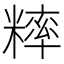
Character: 𥼁